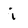
Character: i